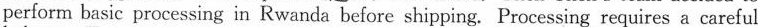
perform basic processing in Rwanda before shipping. Processing requires a careful